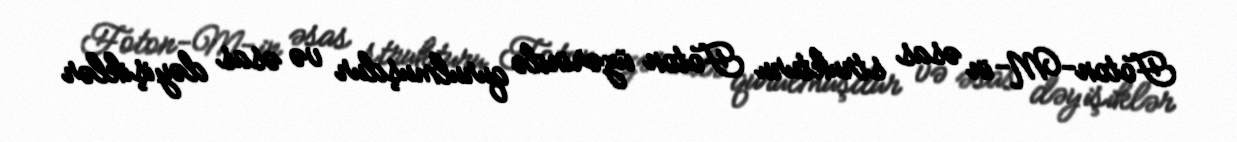
Foton-M-in əsas strukturu Foton üzərində qurulmuşdur və əsas dəyişiklər